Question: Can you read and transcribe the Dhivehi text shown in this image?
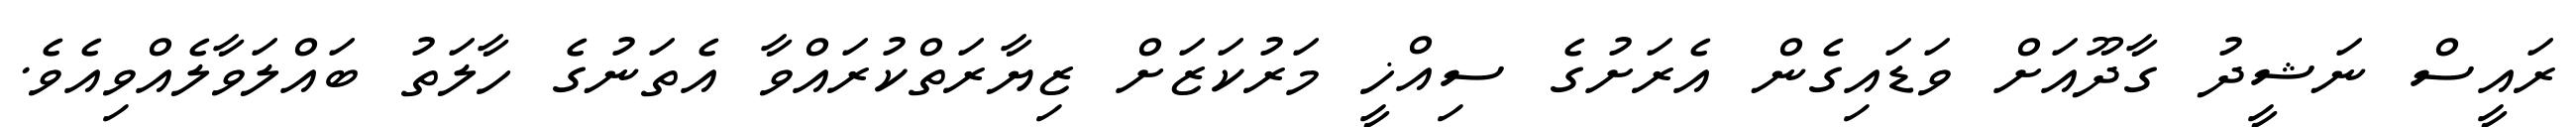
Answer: ރައީސް ނަޝީދު ގާދޫއަށް ވަޑައިގެން އެރަށުގެ ސިއްޚީ މަރުކަޒަށް ޒިޔާރަތްކުރައްވާ އެތަނުގެ ހާލަތު ބައްލަވާލެއްވިއެވެ.